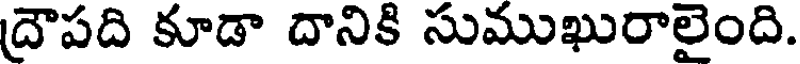
ద్రౌపది కూడా దానికి సుముఖురాలైంది.